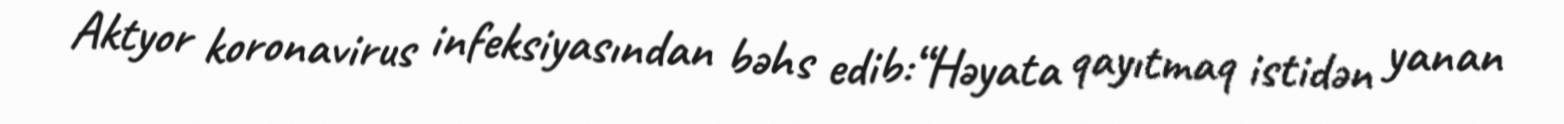
Aktyor koronavirus infeksiyasından bəhs edib:“Həyata qayıtmaq istidən yanan